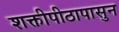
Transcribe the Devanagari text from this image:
शक्तीपीठापासुन